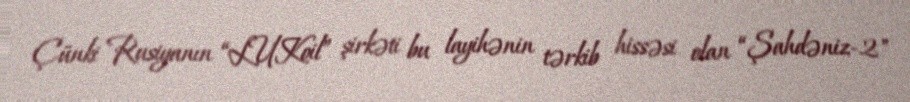
Çünki Rusiyanın “LUKoil” şirkəti bu layihənin tərkib hissəsi olan “Şahdəniz-2"